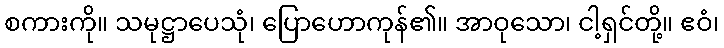
စကားကို။ သမုဋ္ဌာပေသုံ၊ ပြောဟောကုန်၏။ အာဝုသော၊ ငါ့ရှင်တို့။ ဧဝံ၊